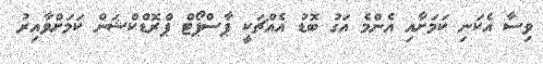
ވިސާ އެކަނި ކަމަށާއި އެންމެ އަގު ބޮޑު އެއްޗަކީ ޕާސްޕޯޓް ޕްރޮޑްކްޝަން ކަމަށްވާއިރު